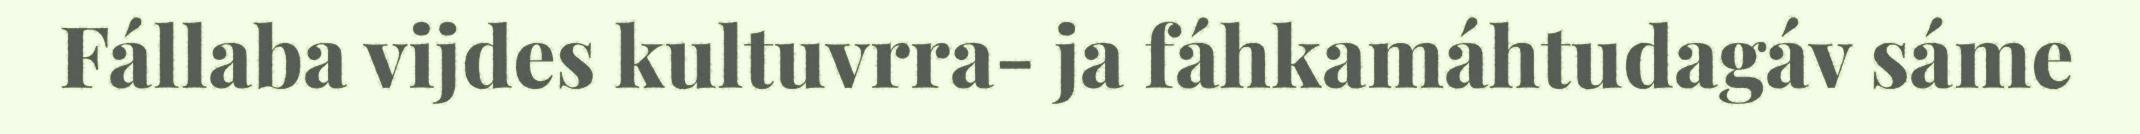
Fállaba vijdes kultuvrra- ja fáhkamáhtudagáv sáme